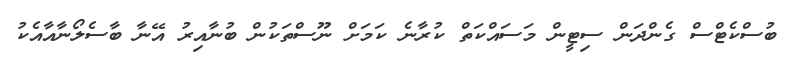
ބުސްކެޓްސް ގެންދަން ސިޓީން މަސައްކަތް ކުރާނެ ކަމަށް ނޫސްތަކުން ބުނާއިރު އޭނާ ބާސެލޯނާއާއެކު